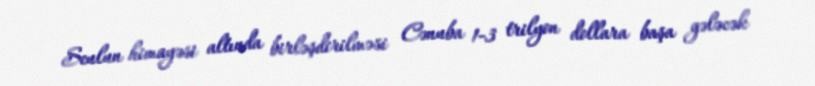
Seulun himayəsi altında birləşdirilməsi Cənuba 1-3 trilyon dollara başa gələcək